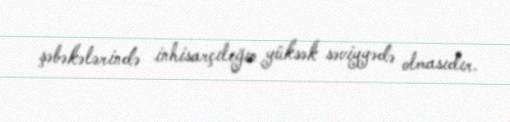
şəbəkələrində inhisarçılığın yüksək səviyyədə olmasıdır.